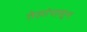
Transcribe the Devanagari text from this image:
तेलांपासून